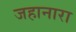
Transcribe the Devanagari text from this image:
जहानारा